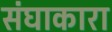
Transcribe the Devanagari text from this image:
संघाकारा